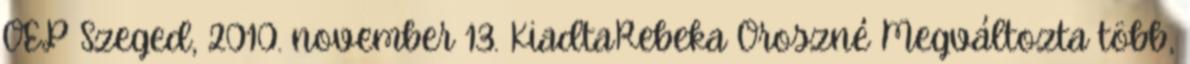
OEP Szeged, 2010. november 13. KiadtaRebeka Oroszné Megváltozta több,